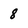
Character: 8